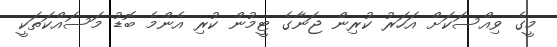
މީގެ ވިއްސަކަށް އަހަރު ކުރިން ޖަނާގެ ޓީމުން ކުރި އެންމެ ބޮޑު މަސައްކަތަކީ